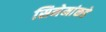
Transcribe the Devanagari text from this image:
सिनेमांकडे